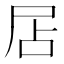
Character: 𡱇